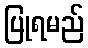
ပြုရမည်